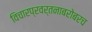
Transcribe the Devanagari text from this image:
विचारप्रवर्तनाबरोबरच